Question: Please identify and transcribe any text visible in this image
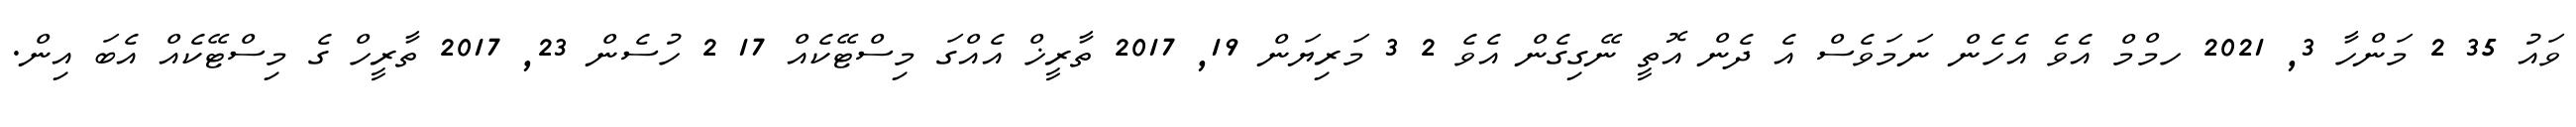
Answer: ވައު 35 2 މަންހާ 3, 2021 ހމްމް އެވެ އެހެން ނަމަވެސް އެ ދެން އޮތީ ނޭގިގެން އެވެ 2 3 މަރިޔަން 19, 2017 ތާރީޚް އެއްގަ މިސްޓޭކެއް 17 2 ހުސެން 23, 2017 ތާރީހް ގެ މިސްޓޭކެއް އެބަ އިން.